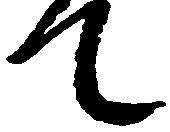
て